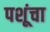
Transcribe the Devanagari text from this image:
पशूंचा